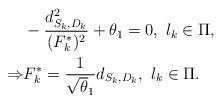
LaTeX: \begin{align*}&-\frac{d_{S_k, D_k}^2}{(F_k^*)^2}+\theta_1=0, \ l_k \in \Pi, \\\Rightarrow &F_k^*=\frac{1}{\sqrt \theta_1} d_{S_k, D_k}, \ l_k \in \Pi. \end{align*}